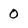
Character: 0